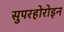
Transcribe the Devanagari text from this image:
सुपरहोरोइन